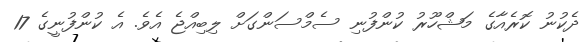
ދެކުނު ކޮރެއާގެ މަޝްހޫރު ކުންފުނި ސެމްސަންގަށް ލިބިއްޖެ އެވެ. އެ ކުންފުނީގެ 17